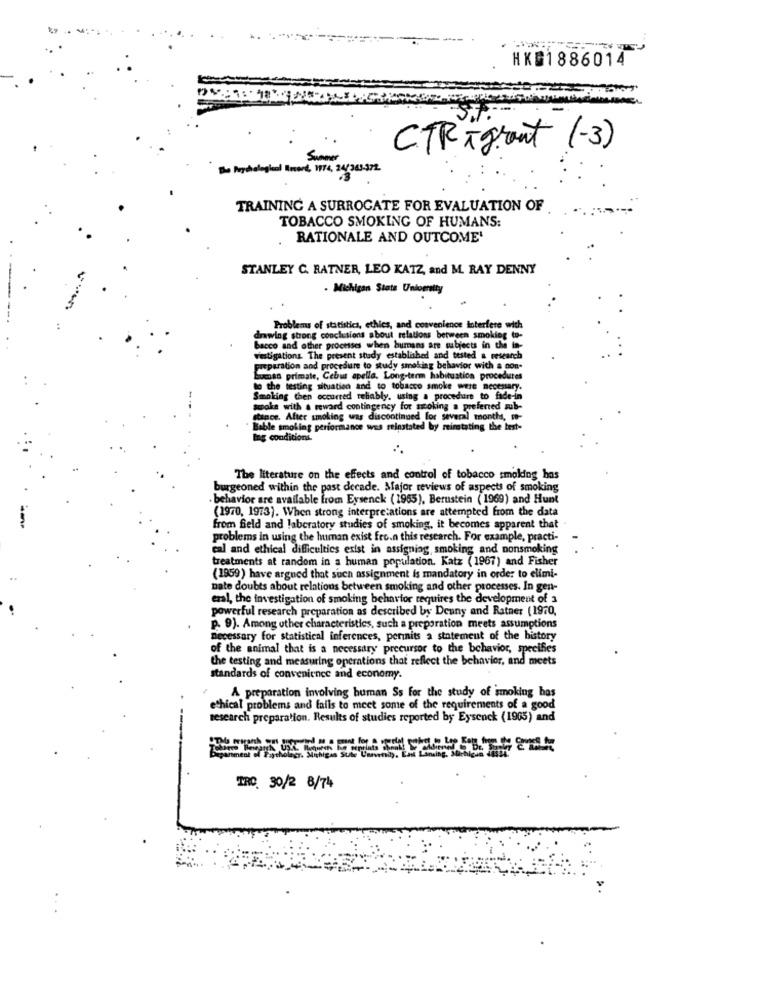
HK 1886014
CTR i grant (-3)
Be Rychological Sword, 1974, 24/361-372.
TRAINING A SURROGATE FOR EVALUATION OF
TOBACCO SMOKING OF HUMANS:
RATIONALE AND OUTCOME'
STANLEY C. RATNER, LEO KATZ, and M. RAY DENNY
Michigan State Uniomatty
Problems of statistics, ethics, and convenience interfere with
drawing strong conclusions about relations between smoking to-
bacco and other processes when humans are subjects in the In-
vestigations. The present study established and tested & research
preparation and procedure to study smoking behavior with a con-
human primate, Cebus apella. Long-term habitustion procedures
to the testing situation and to tobacco smoke were necessary.
Smoking then occurred rehably, using a procedure to fade-in
spoke with a reward contingency for smoking a preferred sub-
stance. After smoking was discontinued for several months, mo-
Bable smoking performance was reinstated by reimstating the best-
Ing conditions.
The literature on the effects and control of tobacco smoking hos
burgeoned within the past decade. Major reviews of aspects of smoking
. behavior are available from Eysenck (1965), Berustein (1969) and Hunt
(1970, 1973). When strong interpretations are attempted from the data
from field and laboratory studies of smoking, it becomes apparent that
problems in using the human exist fro.n this research. For example, practi-
cal and ethical difficulties exist in assigning smoking and nonsmoking
treatments at random in a human population. Katz (1967) and Fisher
(1959) have argued that such assignment is mandatory in order to elimi-
nate doubts about relations between smoking and other processes. In gen-
eral, the investigation of smoking behavior requires the development of 3
powerful research preparation as described by Denny and Ratner (1970,
p. 9). Among other characteristics, such a preporation meets assumptions
necessary for statistical inferences, perinits a statement of the history
of the animal that is a necessary precursor to the behavior, specifies
the testing and measuring operations that reflect the behavior, and meets
standards of convenience and economy.
A preparation involving human Ss for the study of smoking has
ethical problems and fails to meet some of the requirements of a good
research preparation. Results of studies reported by Eysenck (1965) and
------
TRO. 30/2 8/74